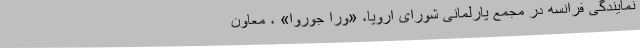
نمایندگی فرانسه در مجمع پارلمانی شورای اروپا، «ورا جوروا» ، معاون